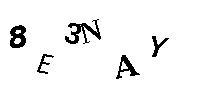
8E3NAY